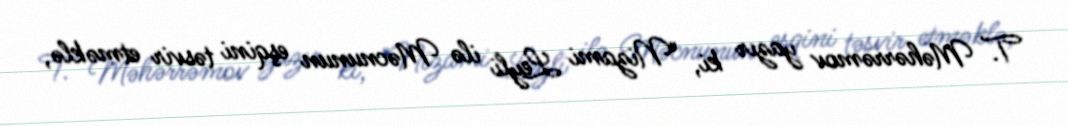
T. Məhərrəmov yazır ki, "Nizami Leyli ilə Məcnunun eşqini təsvir etməklə,